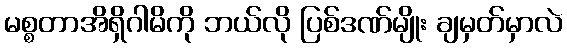
မစ္စတာအိရှိဂါမိကို ဘယ်လို ပြစ်ဒဏ်မျိုး ချမှတ်မှာလဲ